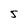
Character: 5